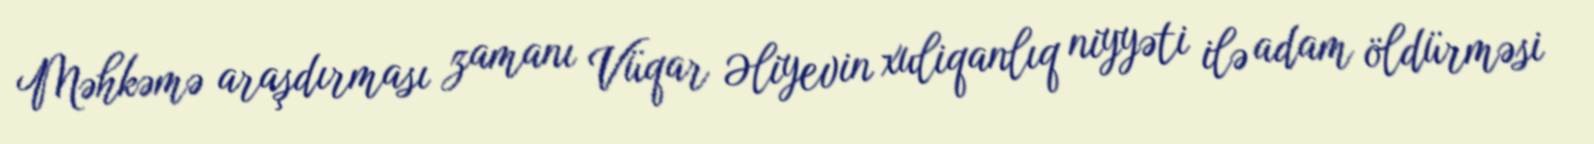
Məhkəmə araşdırması zamanı Vüqar Əliyevin xuliqanlıq niyyəti ilə adam öldürməsi